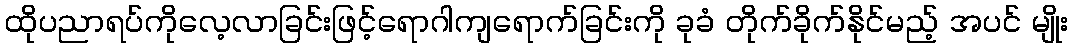
ထိုပညာရပ်ကိုလေ့လာခြင်းဖြင့်ရောဂါကျရောက်ခြင်းကို ခုခံ တိုက်ခိုက်နိုင်မည့် အပင် မျိုး